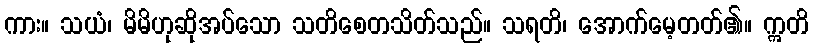
ကား။ သယံ၊ မိမိဟုဆိုအပ်သော သတိစေတသိတ်သည်။ သရတိ၊ အောက်မေ့တတ်၏။ ဣတိ